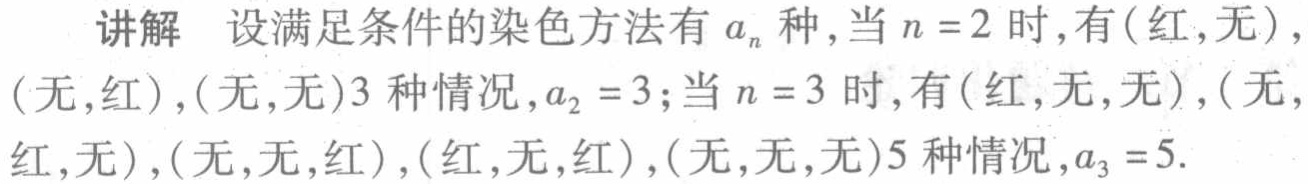
讲解 设满足条件的染色方法有 \(a_{n}\) 种，当 \(n = 2\) 时，有(红,无)，(无,红)，(无,无)3 种情况，\(a_{2}=3\)；当 \(n = 3\) 时，有(红,无,无)，(无,红,无)，(无,无,红)，(红,无,红)，(无,无,无)5 种情况，\(a_{3}=5\).